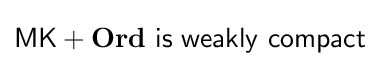
{\mathsf {MK}}+\mathbf {Ord} {\mathsf {\ is\ weakly\ compact}}